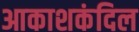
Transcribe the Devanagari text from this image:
आकाशकंदिल